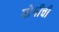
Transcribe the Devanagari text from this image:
बोगीची